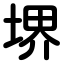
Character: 堺